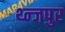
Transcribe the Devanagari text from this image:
थ्न्जपुर